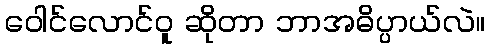
ဝေါင်လောင်ဝူ ဆိုတာ ဘာအဓိပ္ပာယ်လဲ။